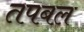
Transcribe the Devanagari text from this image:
तपबल